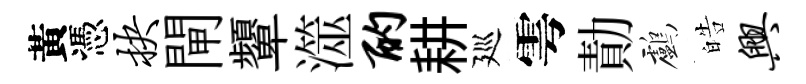
黃憑抉閘顰澨酌耕廵雩勣鸕皓兴